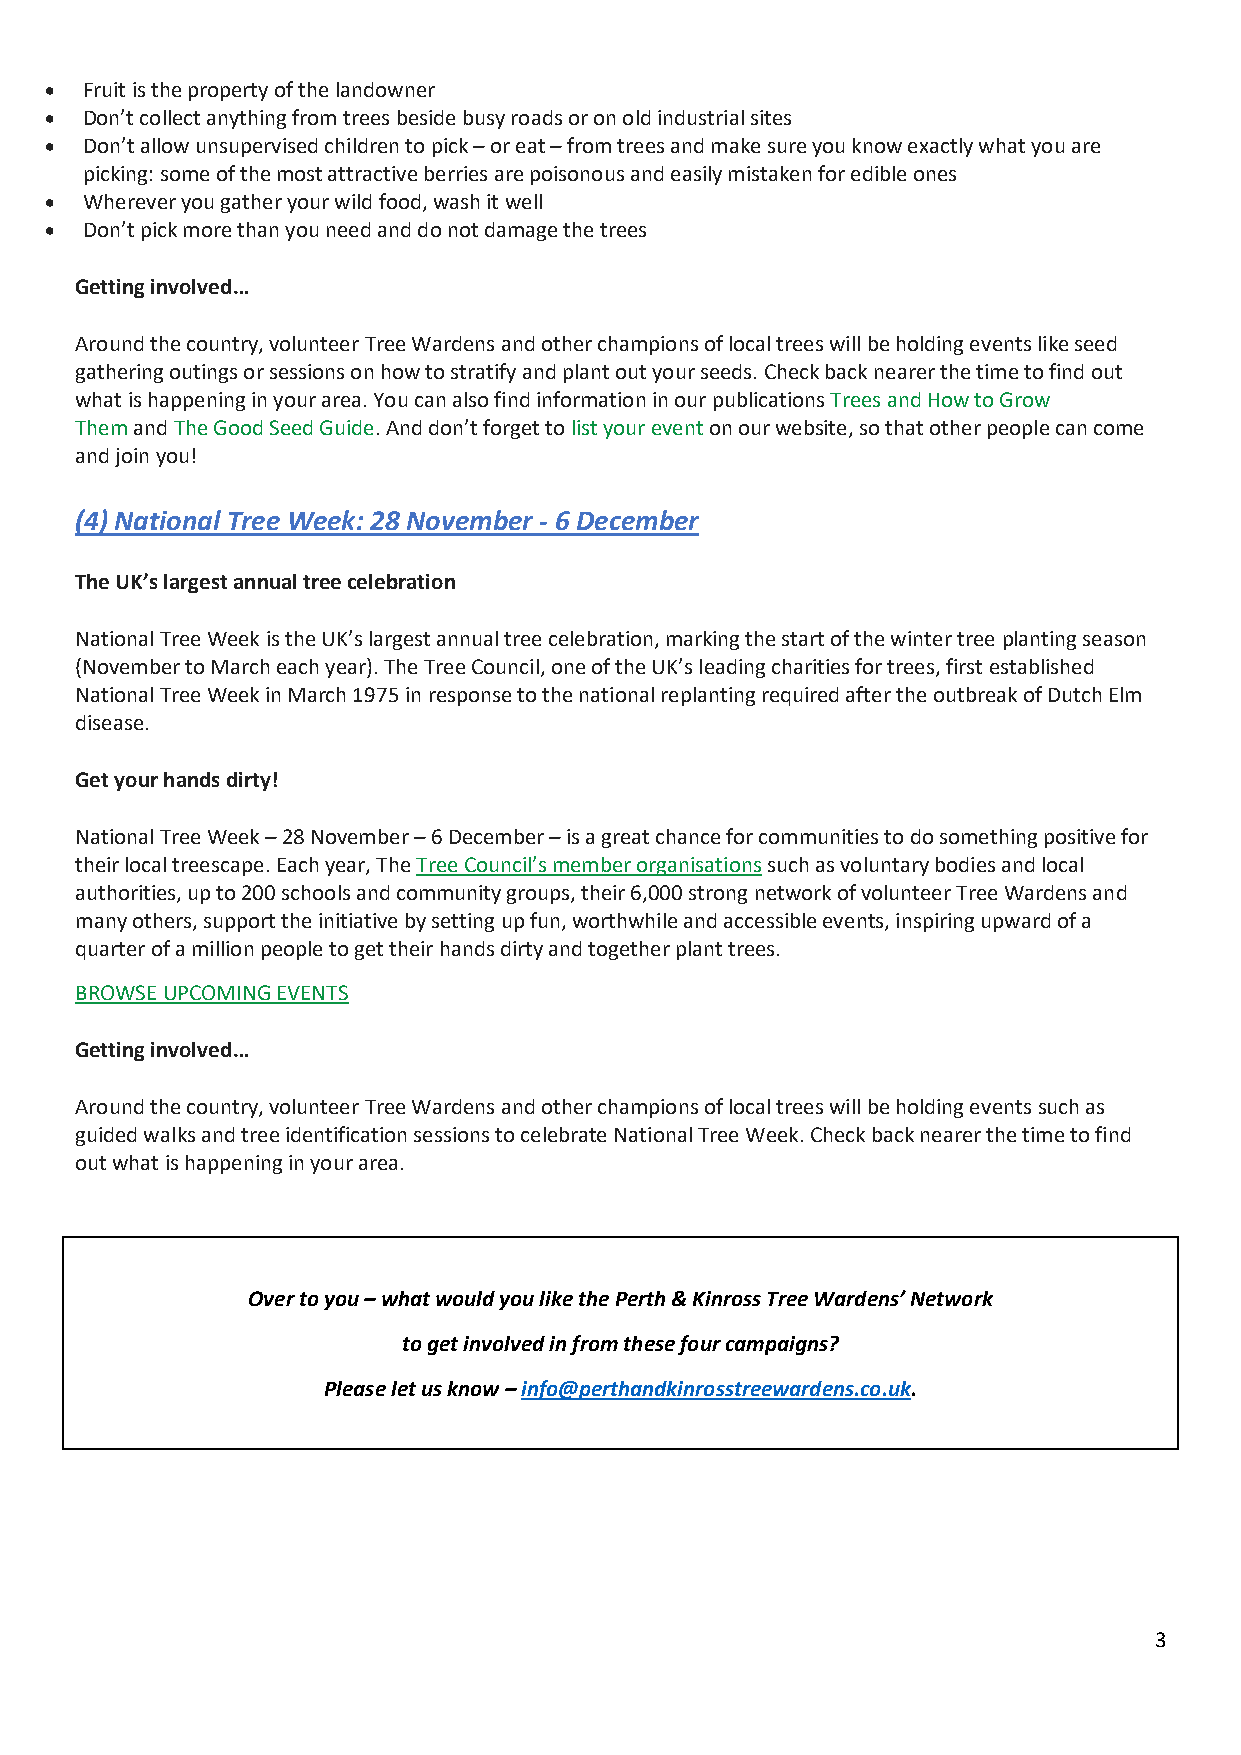
• Fruit is the property of the landowner
 • Don’t collect anything from trees beside busy roads or on old industrial sites
 • Don’t allow unsupervised children to pick – or eat – from trees and make sure you know exactly what you are
 picking: some of the most attractive berries are poisonous and easily mistaken for edible ones
 • Wherever you gather your wild food, wash it well
 • Don’t pick more than you need and do not damage the trees
 Getting involved…
 Around the country, volunteer Tree Wardens and other champions of local trees will be holding events like seed
 gathering outings or sessions on how to stratify and plant out your seeds. Check back nearer the time to find out
 what is happening in your area. You can also find information in our publications Trees and How to Grow
 Them and The Good Seed Guide. And don’t forget to list your event on our website, so that other people can come
 and join you!
 (4) National Tree Week: 28 November - 6 December
 The UK’s largest annual tree celebration
 National Tree Week is the UK’s largest annual tree celebration, marking the start of the winter tree planting season
 (November to March each year). The Tree Council, one of the UK’s leading charities for trees, first established
 National Tree Week in March 1975 in response to the national replanting required after the outbreak of Dutch Elm
 disease.
 Get your hands dirty!
 National Tree Week – 28 November – 6 December – is a great chance for communities to do something positive for
 their local treescape. Each year, The Tree Council’s member organisations such as voluntary bodies and local
 authorities, up to 200 schools and community groups, their 6,000 strong network of volunteer Tree Wardens and
 many others, support the initiative by setting up fun, worthwhile and accessible events, inspiring upward of a
 quarter of a million people to get their hands dirty and together plant trees.
 BROWSE UPCOMING EVENTS
 Getting involved…
 Around the country, volunteer Tree Wardens and other champions of local trees will be holding events such as
 guided walks and tree identification sessions to celebrate National Tree Week. Check back nearer the time to find
 out what is happening in your area.
 Over to you – what would you like the Perth & Kinross Tree Wardens’ Network
 to get involved in from these four campaigns?
 Please let us know – info@perthandkinrosstreewardens.co.uk.
 3